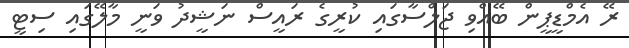
ރޭ އެމްޑީޕީން ބޭއްވި ޖަލްސާގައި ކުރީގެ ރައީސް ނަޝީދު ވަނީ މާލޭގައި ސިޓީ